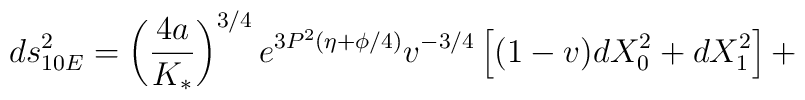
ds_{10E}^2 = \left( \frac{4a}{K_*} \right)^{3/4} e^{3P^2(\eta + \phi/4)}v^{-3/4} \left[ (1-v)dX_0^2 + dX_1^2 \right] +